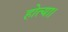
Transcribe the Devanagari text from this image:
होत्या।